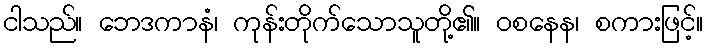
ငါသည်။ ဘေဒကာနံ၊ ကုန်းတိုက်သောသူတို့၏။ ဝစနေန၊ စကားဖြင့်။